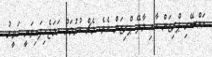
އައްސޭރި ޕްރިޒަން އާއި މާލޭ ޕްރިޒަން އެވެ. މެޗް ކުޅުމަށް ހަމަޖެހިފައިވަނީ ހަވީރު